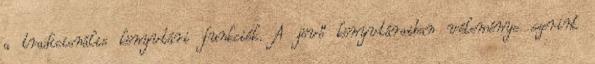
a tradicionális könyvtári funkciók. A jövő könyvtáraiban véleménye szerint